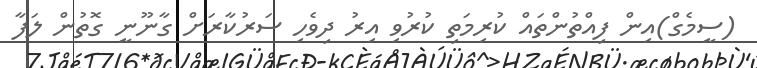
(ސީމެގް)އިން ފިއްތުންތައް ކުރިމަތި ކުރުވި އިރު ދިވެހި ސަރުކާރަށް ގާނޫނީ ގޮތުން ލަފާ